Lunatic asylums in Bengal annual reports 1899-1911 - 1899-1911
Year: 1899
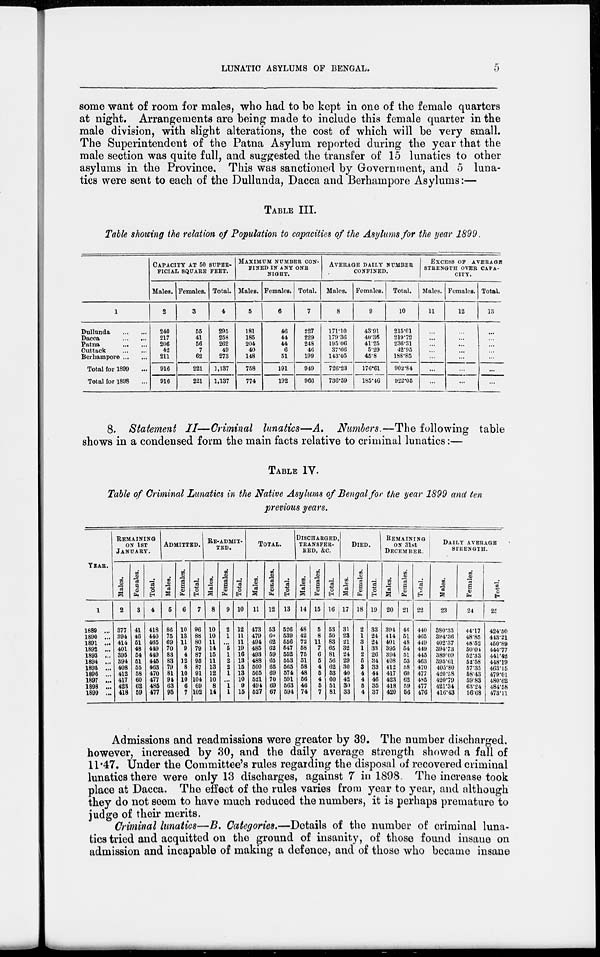
LUNATIC ASYLUMS OF BENGAL.
5
some want of room for males, who had to be kept in one of the female quarters
at night. Arrangements are being made to include this female quarter in the
male division, with slight alterations, the cost of which will be very small.
The Superintendent of the Patna Asylum reported during the year that the
male section was quite full, and suggested the transfer of 15 lunatics to other
asylums in the Province. This was sanctioned by Government, and 5 luna-
tics were sent to each of the Dullunda, Dacca and Berhampore Asylums:—
TABLE III.
Table showing the relation of Population to capacities of the Asylums for the year 1899.
1
Dullunda
...
...
Dacca
...
...
Patna
...
...
Cuttack
...
...
Berhampore ...
Total for 1899 ...
Total for 1898 ...
CAPACITY AT 50 SUPER-
FICIAL SQUARE FEET.
Males.
2
240
217
206
42
211
916
916
Females.
3
55
41
56
7
62
221
221
Total.
4
295
258
262
49
273
1,137
1,137
MAXIMUM NUMBER CON-
FINED IN ANY ONE
NIGHT.
Males.
5
181
185
204
40
148
758
774
Females.
6
46
44
44
6
51
191
192
Total.
7
227
229
248
46
199
949
966
AVERAGE DAILY NUMBER
CONFINED.
Males.
8
171.10
179.36
195.06
37.66
143.05
726.23
736.59
Females.
9
43.91
40.36
41.25
5.29
45.8
176.61
185.46
Total.
10
215.01
219.72
236.31
42.95
188.85
902.84
922.05
EXCESS OF AVERAGE
STRENGTH OVER CAPA-
CITY.
Males.
11
...
...
...
...
...
...
...
Females.
12
...
...
...
...
...
...
...
Total.
13
...
...
...
...
...
...
...
8. Statement II—Criminal lunatics—A. Numbers.—The following table
shows in a condensed form the main facts relative to criminal lunatics:—
TABLE IV.
Table of Criminal Lunatics in the Native Asylums of Bengal for the year 1899 and ten
previous years.
YEAR.
1
1889 ...
1890 ...
1891 ...
1892 ...
1893 ...
1894 ...
1895 ...
1896 ...
1897 ...
1898 ...
1899 ...
REMAINING
ON 1ST
JANUARY.
Males.
2
377
394
414
401
395
394
408
412
417
423
418
Females.
3
41
46
51
48
54
51
55
58
60
62
59
Total.
4
418
440
465
449
449
445
463
470
477
485
477
ADMITTED.
Males.
5
86
75
69
70
83
83
79
81
94
63
95
Females.
6
10
13
11
9
4
12
8
10
10
6
7
Total.
7
96
88
80
79
87
95
87
91
104
69
102
RE-ADMIT-
TED.
Males.
8
10
10
11
14
15
11
13
12
10
8
14
Females.
9
2
1
...
5
1
2
2
1
...
1
1
Total.
10
12
11
11
19
16
13
15
13
10
9
15
TOTAL.
Males.
11
473
479
494
485
493
488
500
505
521
494
527
Females.
12
53
60
62
62
59
65
65
69
70
69
67
Total.
13
526
539
556
547
552
553
565
574
591
563
594
DISCHARGED,
TRANSFER-
RED, &C.
Males.
14
48
42
72
58
75
51
58
48
56
46
74
Females.
15
5
8
11
7
6
5
4
5
4
5
7
Total.
16
53
50
83
65
81
56
62
53
60
51
81
DIED.
Males.
17
31
23
21
32
24
29
30
40
42
30
33
Females.
18
2
1
3
1
2
5
3
4
4
5
4
Total.
19
33
24
24
33
26
34
33
44
46
35
37
REMAINING
ON 31st
DECEMBER.
Males.
20
394
414
401
395
394
408
412
417
423
418
420
Females.
21
46
51
48
54
51
55
58
60
62
59
56
Total.
22
440
465
449
449
445
463
470
477
485
477
476
DAILY AVERAGE
STRENGTH.
Males.
23
380.33
394.36
402.37
394.73
389.09
395.61
405.80
420.58
420.79
421.34
416.43
Females.
24
44.17
48.85
48.52
50.04
52.33
52.58
57.35
58.43
59.83
63.24
56.68
Total.
25
424.50
443.21
450.89
444.77
441.42
448.19
463.15
479.01
480.62
484.58
473.11
Admissions and readmissions were greater by 39. The number discharged,
however, increased by 30, and the daily average strength showed a fall of
11.47. Under the Committee's rules regarding the disposal of recovered criminal
lunatics there were only 13 discharges, against 7 in 1898. The increase took
place at Dacca. The effect of the rules varies from year to year, and although
they do not seem to have much reduced the numbers, it is perhaps premature to
judge of their merits.
Criminal lunatics—B. Categories.—Details of the number of criminal luna-
tics tried and acquitted on the ground of insanity, of those found insane on
admission and incapable of making a defence, and of those who became insane